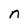
Character: n